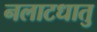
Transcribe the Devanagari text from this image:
नलाटधातु